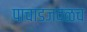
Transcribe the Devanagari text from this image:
पाचाडजवळच